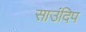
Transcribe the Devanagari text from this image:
साउंदिप